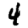
Digit: 4